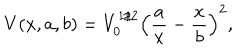
V ( x , a , b ) = V _ { 0 } ^ { 1 / 2 } \left( \frac { a } { x } - \frac { x } { b } \right) ^ { 2 } ,